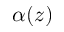
\alpha ( z )